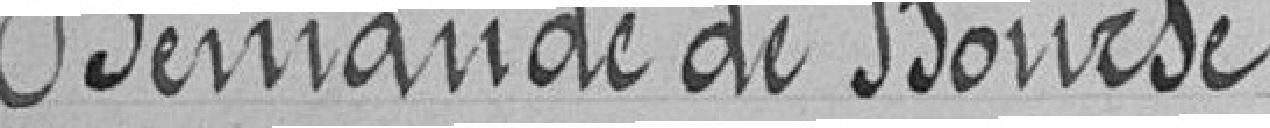
Demande de Bourse.